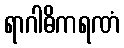
ရာဂါဓိကရဏံ